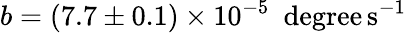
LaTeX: b=(7.7\pm 0.1)\times 10^{-5}~\mathrm{\ degree\, s^{-1}}